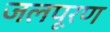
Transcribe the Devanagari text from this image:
जलपूरण